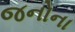
જનોના